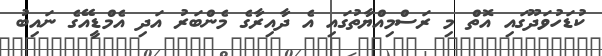
ކުޑަހުވަދޫގައި އޮތް މި ރަސްމިއްޔާތުގައި އެ ދާއިރާގެ މެންބަރު އަދި އެމްޑީއޭގެ ނައިބު